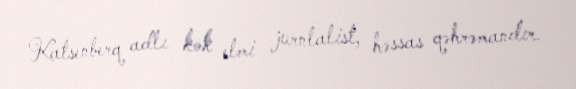
Katsenberq adlı kök elmi jurnlalist, həssas qəhrəmandır.